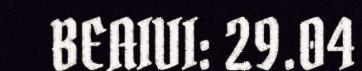
BEAIVI: 29.04